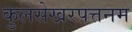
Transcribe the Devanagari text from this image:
कुलसेखरपत्तनम